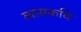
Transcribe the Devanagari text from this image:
व्यासकवि